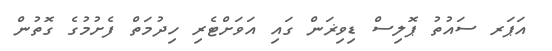
އަޕަރ ސައުތު ޕޮލިސް ޑިވިޜަން ގައި އަވަށްޓެރި ހިދުމަތް ފެށުމުގެ ގޮތުން